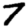
Digit: 7